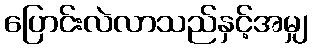
ပြောင်းလဲလာသည်နှင့်အမျှ